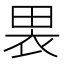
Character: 𫞫